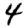
Digit: 4